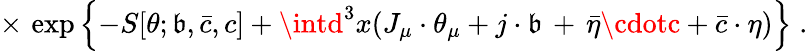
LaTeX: \times\, \exp\left\{ -S[\theta;\mathfrak{b},{\bar{{c}}},c]+\intd^{3}x(J_{\mu}\cdot\theta_{\mu}+j\cdot\mathfrak{b}\, +\, {\bar{{\eta}}}\cdotc+{\bar{{c}}}\cdot\eta)\right\} \; .